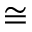
\cong